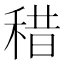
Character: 稓